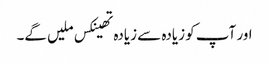
اور آپ کو زیادہ سے زیادہ تھینکس ملیں گے۔